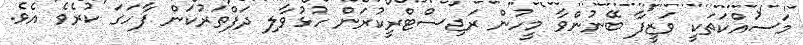
މަސައްކަތަކީ ވަޒީފާ ބޭނުންވާ މީހުން ރަޖިސްޓްރީކުރަން ހުޅުވާލި ދަފްތަރުކަން ފާހަގަ ކުރެވެ އެވެ.